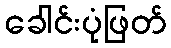
ခေါင်းပုံဖြတ်